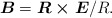
\begin{align*}\mbox{\boldmath $B$} = \mbox{\boldmath $R\times E$}/R.\end{align*}